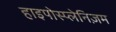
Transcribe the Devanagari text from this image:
हाइपोस्प्लेनिज़म